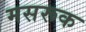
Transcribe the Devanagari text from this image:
मसरूक